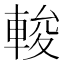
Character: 𨌘